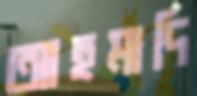
আহমাদি